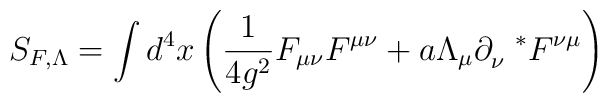
S_{F,\Lambda}=\int d^{4}x\left(\frac{1}{4g^2}F_{\mu\nu}F^{\mu\nu}+a\Lambda_{\mu}\partial_{\nu}^{~~*}F^{\nu\mu}\right)